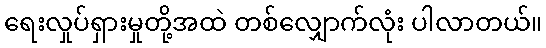
ရေးလှုပ်ရှားမှုတို့အထဲ တစ်လျှောက်လုံး ပါလာတယ်။